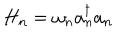
H _ { n } = \omega _ { n } a _ { n } ^ { \dagger } a _ { n }